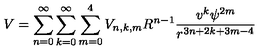
V = \sum _ { n = 0 } ^ { \infty } \sum _ { k = 0 } ^ { \infty } \sum _ { m = 0 } ^ { 4 } V _ { n , k , m } R ^ { n - 1 } \frac { v ^ { k } \psi ^ { 2 m } } { r ^ { 3 n + 2 k + 3 m - 4 } }